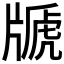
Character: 𤗢